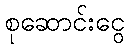
စုဆောင်းငွေ